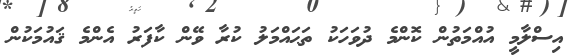
އިސްލާމީ އުއްމަތުން ކޮންމެ ދުވަހަކު ތަޙައްމަލު ކުރާ ވޭން ކާފަރު އެންމެ ޤައުމަކުން